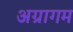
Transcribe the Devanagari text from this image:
अग्रागम